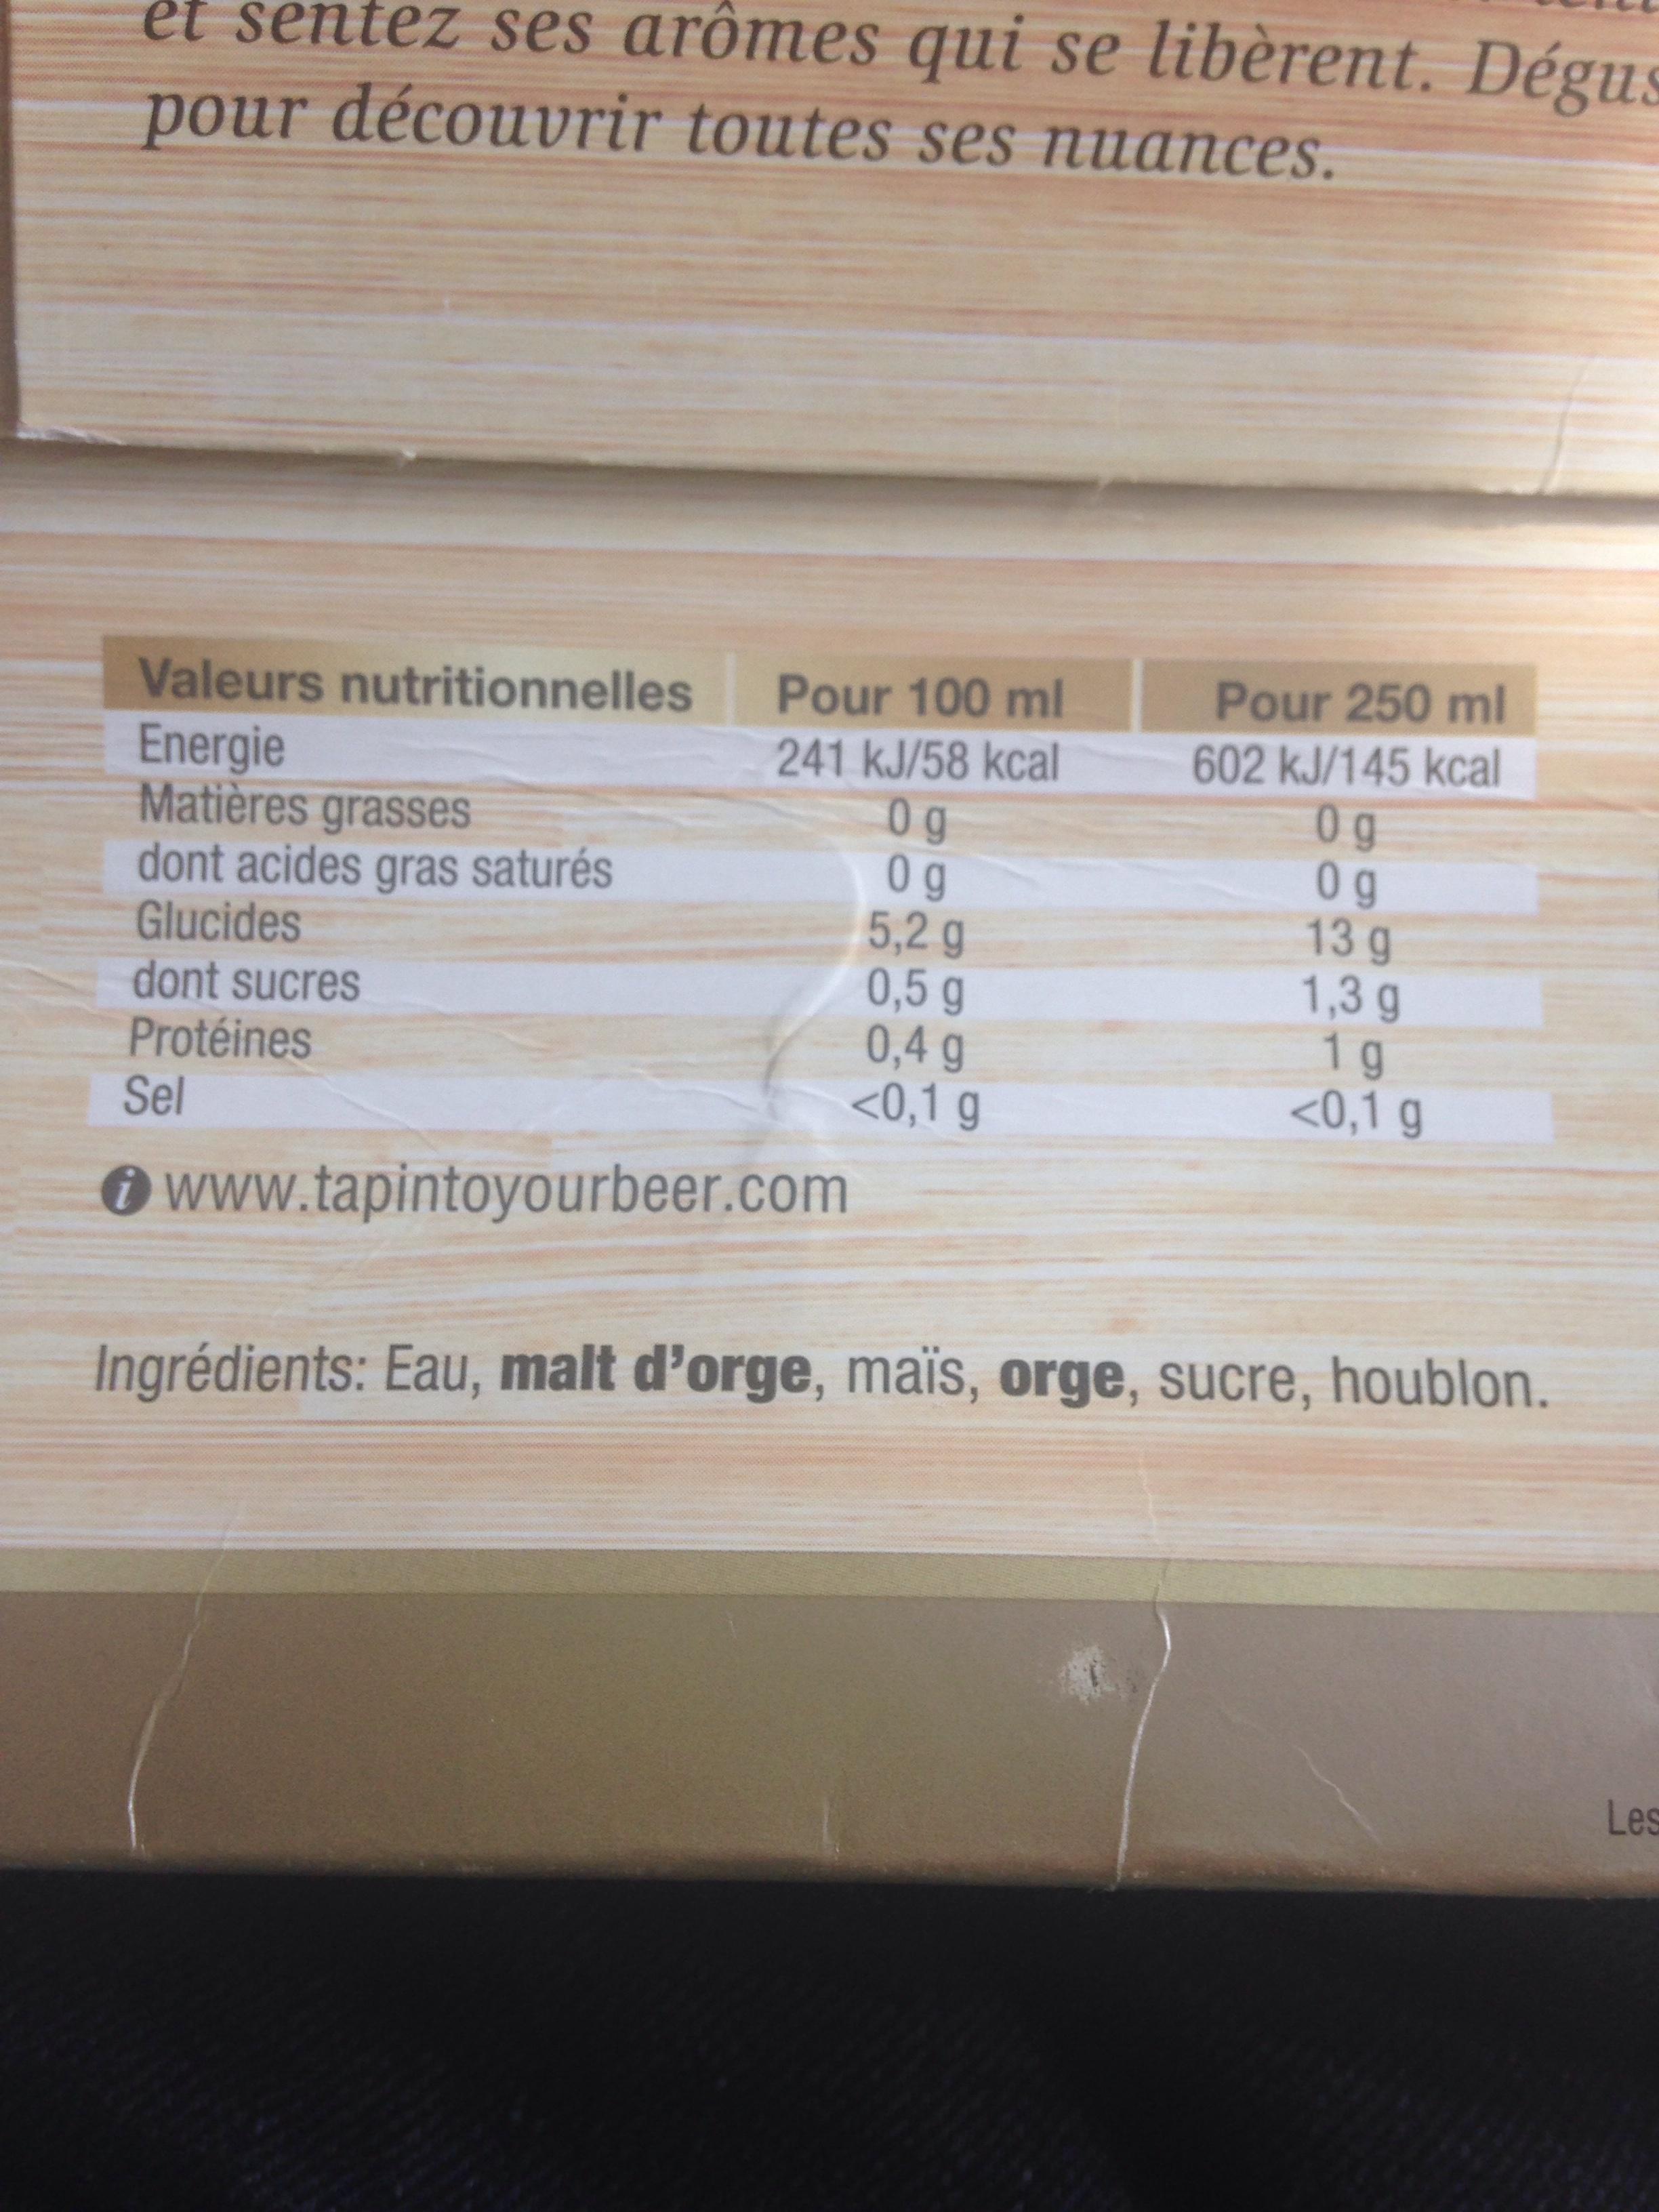
et sentez ses arômes qui se libèrent. Dégus pour découvrir toutes ses nuances.
Valeurs nutritionnelles
Energie
Matières grasses
dont acides gras saturés
Glucides
dont sucres Protéines
Sel
Pour 100 ml
241 kJ/58 kcal
0 g
Og
www.tapintoyourbeer.com
5,2 g
0,5 g
0,4 g
<0,1 g
Pour 250 ml 602 kJ/145 kcal 0 g
og
13 g
1,3 g
1 g
<0,1 g
Ingrédients: Eau, malt d'orge, maïs, orge, sucre, houblon.
Les